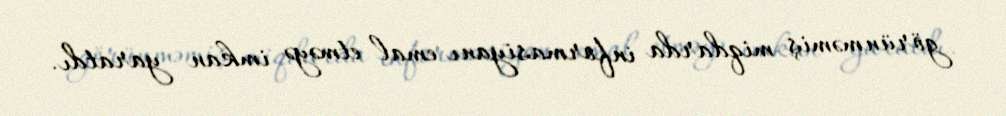
görünməmiş miqdarda informasiyanı emal etməyə imkan yaratdı.